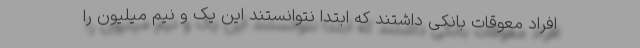
افراد معوقات بانکی داشتند که ابتدا نتوانستند این یک و نیم میلیون را